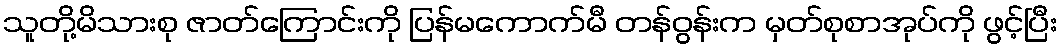
သူတို့မိသားစု ဇာတ်ကြောင်းကို ပြန်မကောက်မီ တန်ဝွန်းက မှတ်စုစာအုပ်ကို ဖွင့်ပြီး